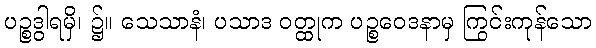
ပဉ္စဒွါရမှိ၊ ၌။ သေသာနံ၊ ပသာဒ ဝတ္ထုက ပဉ္စဝေဒနာမှ ကြွင်းကုန်သော